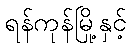
ရန်ကုန်မြို့နှင့်